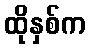
ထိုနှစ်က